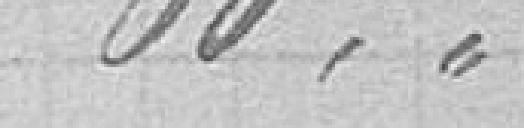
60